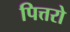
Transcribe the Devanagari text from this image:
पित्तरो